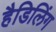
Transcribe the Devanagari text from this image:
हैडिलिंग